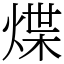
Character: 煠